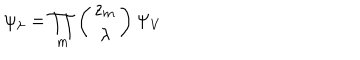
LaTeX: \psi _ { \lambda } = \prod _ { m } \left( \begin{array} { c } { { z _ { m } } } \\ { { \lambda } } \\ \end{array} \right) \Psi _ { V }